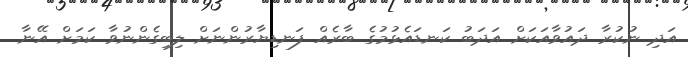
އަދި ނުކުރާ ދައުވާއަކަށް އަދަބު ކަނޑައެޅުމުގެ ބާރެއް ފަނޑިޔާރުންނަށް ލިބިގެންނުވާ ކަމަށް އޭނާ